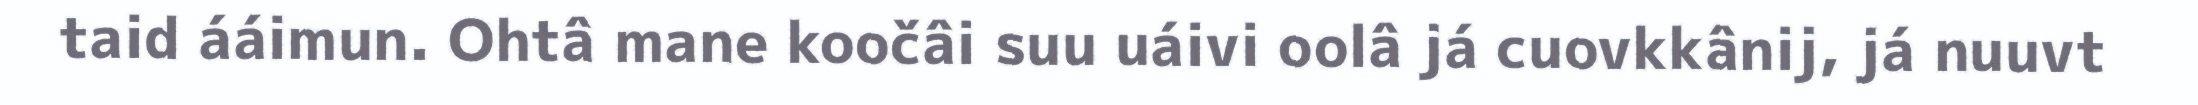
taid ááimun. Ohtâ mane koočâi suu uáivi oolâ já cuovkkânij, já nuuvt